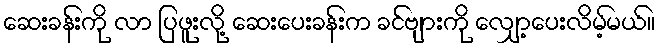
ဆေးခန်းကို လာ ပြဖူးလို့ ဆေးပေးခန်းက ခင်ဗျားကို လျှော့ပေးလိမ့်မယ်။